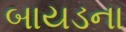
બાયડના